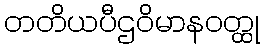
တတိယပီဌဝိမာနဝတ္ထု